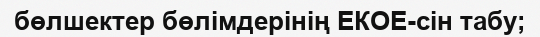
бөлшектер бөлімдерінің ЕКОЕ-сін табу;